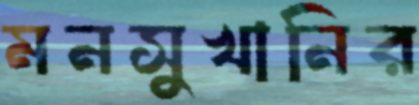
মনসুখানির